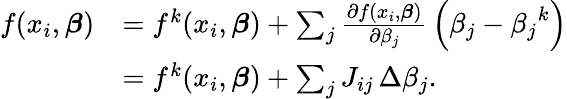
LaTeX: {\begin{array}{rl}{f(x_{i},{\boldsymbol{\beta}})}&{=f^{k}(x_{i},{\boldsymbol{\beta}})+\sum_{j}{\frac{\partial f(x_{i},{\boldsymbol{\beta}})}{\partial\beta_{j}}}\left(\beta_{j}-{\beta_{j}}^{k}\right)}\\ &{=f^{k}(x_{i},{\boldsymbol{\beta}})+\sum_{j}J_{ij}\, \Delta\beta_{j}.}\end{array}}